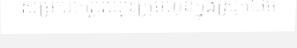
សម្រាប់កេរ្តិ៍ឈ្មោះក្រុមហ៊ុនក្នុងស្រុកថែម